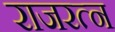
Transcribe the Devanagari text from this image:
राजरत्न